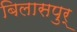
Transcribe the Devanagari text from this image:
बिलासपुर्